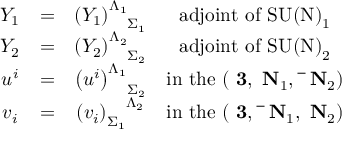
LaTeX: \begin{array} { c c c c } { { Y _ { 1 } } } & { { = } } & { { \left( Y _ { 1 } \right) _ { \phantom { \Lambda _ { 1 } } \Sigma _ { 1 } } ^ { \Lambda _ { 1 } } } } & { { \mathrm { a d j o i n t ~ o f ~ \mathrm { S U ( N ) } _ { 1 } ~ } } } \\ { { Y _ { 2 } } } & { { = } } & { { \left( Y _ { 2 } \right) _ { \phantom { \Lambda _ { 2 } } \Sigma _ { 2 } } ^ { \Lambda _ { 2 } } } } & { { \mathrm { a d j o i n t ~ o f ~ \mathrm { S U ( N ) } _ { 2 } ~ } } } \\ { { u ^ { i } } } & { { = } } & { { \left( u ^ { i } \right) _ { \phantom { \Lambda _ { 1 } } \Sigma _ { 2 } } ^ { \Lambda _ { 1 } } } } & { { \mathrm { i n ~ t h e ~ ( { \bf ~ 3 } , { \bf ~ N } _ { 1 } , { \bf ~ \bar { ~ } N } _ { 2 } ) ~ } } } \\ { { v _ { i } } } & { { = } } & { { \left( v _ { i } \right) _ { \Sigma _ { 1 } } ^ { \phantom { \Sigma _ { 1 } } \Lambda _ { 2 } } } } & { { \mathrm { i n ~ t h e ~ ( { \bf ~ 3 } , { \bf ~ \bar { ~ } N } _ { 1 } , { \bf ~ N } _ { 2 } ) ~ } } } \end{array}